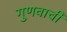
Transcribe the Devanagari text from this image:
गुणवाची